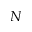
N